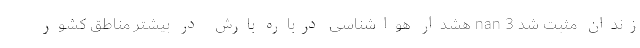
زندان مثبت شد nan 3 هشدار هواشناسی درباره بارش در بیشتر مناطق کشور